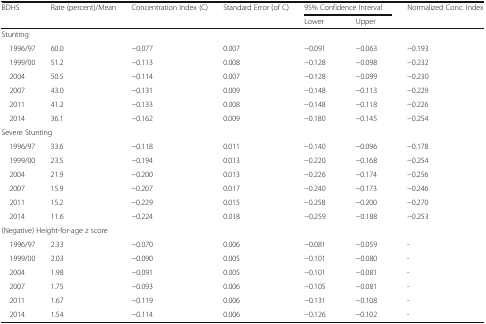
<table><thead><tr><td rowspan="2"><b>BDHS</b></td><td rowspan="2"><b>Rate (percent)/Mean</b></td><td rowspan="2"><b>Concentration Index (C)</b></td><td rowspan="2"><b>Standard Error (of C)</b></td><td colspan="2"><b>95% Confidence Interval</b></td><td rowspan="2"><b>Normalized Conc. Index</b></td></tr><tr><td><b>Lower</b></td><td><b>Upper</b></td></tr></thead><tbody><tr><td colspan="7">Stunting</td></tr><tr><td> 1996/97</td><td>60.0</td><td>−0.077</td><td>0.007</td><td>−0.091</td><td>−0.063</td><td>−0.193</td></tr><tr><td> 1999/00</td><td>51.2</td><td>−0.113</td><td>0.008</td><td>−0.128</td><td>−0.098</td><td>−0.232</td></tr><tr><td> 2004</td><td>50.5</td><td>−0.114</td><td>0.007</td><td>−0.128</td><td>−0.099</td><td>−0.230</td></tr><tr><td> 2007</td><td>43.0</td><td>−0.131</td><td>0.009</td><td>−0.148</td><td>−0.113</td><td>−0.229</td></tr><tr><td> 2011</td><td>41.2</td><td>−0.133</td><td>0.008</td><td>−0.148</td><td>−0.118</td><td>−0.226</td></tr><tr><td> 2014</td><td>36.1</td><td>−0.162</td><td>0.009</td><td>−0.180</td><td>−0.145</td><td>−0.254</td></tr><tr><td colspan="7">Severe Stunting</td></tr><tr><td> 1996/97</td><td>33.6</td><td>−0.118</td><td>0.011</td><td>−0.140</td><td>−0.096</td><td>−0.178</td></tr><tr><td> 1999/00</td><td>23.5</td><td>−0.194</td><td>0.013</td><td>−0.220</td><td>−0.168</td><td>−0.254</td></tr><tr><td> 2004</td><td>21.9</td><td>−0.200</td><td>0.013</td><td>−0.226</td><td>−0.174</td><td>−0.256</td></tr><tr><td> 2007</td><td>15.9</td><td>−0.207</td><td>0.017</td><td>−0.240</td><td>−0.173</td><td>−0.246</td></tr><tr><td> 2011</td><td>15.2</td><td>−0.229</td><td>0.015</td><td>−0.258</td><td>−0.200</td><td>−0.270</td></tr><tr><td> 2014</td><td>11.6</td><td>−0.224</td><td>0.018</td><td>−0.259</td><td>−0.188</td><td>−0.253</td></tr><tr><td colspan="7">(Negative) Height-for-age z score</td></tr><tr><td> 1996/97</td><td>2.33</td><td>−0.070</td><td>0.006</td><td>−0.081</td><td>−0.059</td><td>-</td></tr><tr><td> 1999/00</td><td>2.03</td><td>−0.090</td><td>0.005</td><td>−0.101</td><td>−0.080</td><td>-</td></tr><tr><td> 2004</td><td>1.98</td><td>−0.091</td><td>0.005</td><td>−0.101</td><td>−0.081</td><td>-</td></tr><tr><td> 2007</td><td>1.75</td><td>−0.093</td><td>0.006</td><td>−0.105</td><td>−0.081</td><td>-</td></tr><tr><td> 2011</td><td>1.67</td><td>−0.119</td><td>0.006</td><td>−0.131</td><td>−0.108</td><td>-</td></tr><tr><td> 2014</td><td>1.54</td><td>−0.114</td><td>0.006</td><td>−0.126</td><td>−0.102</td><td>-</td></tr></tbody></table>